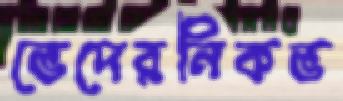
ভেদেরনিকভ